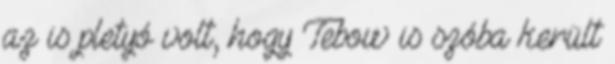
az is pletyó volt, hogy Tebow is szóba került